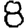
Digit: 8